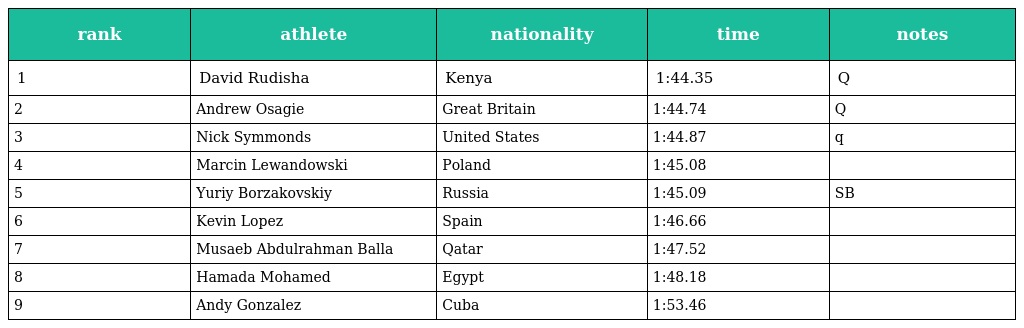
| rank | athlete | nationality | time | notes |
 | --- | --- | --- | --- | --- |
 | 1 | David Rudisha | Kenya | 1:44.35 | Q |
 | 2 | Andrew Osagie | Great Britain | 1:44.74 | Q |
 | 3 | Nick Symmonds | United States | 1:44.87 | q |
 | 4 | Marcin Lewandowski | Poland | 1:45.08 |  |
 | 5 | Yuriy Borzakovskiy | Russia | 1:45.09 | SB |
 | 6 | Kevin Lopez | Spain | 1:46.66 |  |
 | 7 | Musaeb Abdulrahman Balla | Qatar | 1:47.52 |  |
 | 8 | Hamada Mohamed | Egypt | 1:48.18 |  |
 | 9 | Andy Gonzalez | Cuba | 1:53.46 |  |